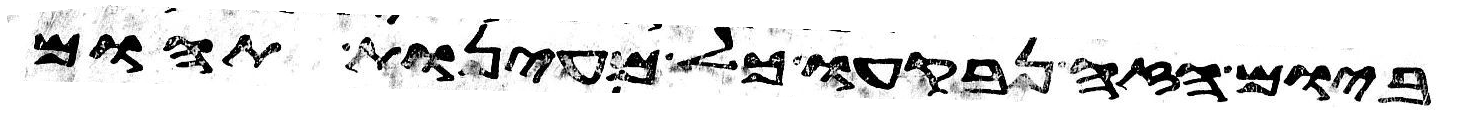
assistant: ביום הזה נבקעו כל מעינות תהום